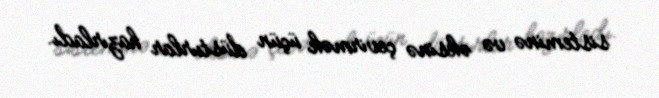
sisteminə və əksinə çevirmək üçün düsturlar hazırladı.